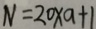
N = 2 0 \times a + 1